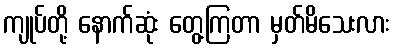
ကျုပ်တို့ နောက်ဆုံး တွေ့ကြတာ မှတ်မိသေးလား